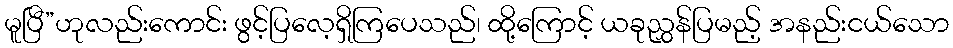
မူပြီ”ဟုလည်းကောင်း ဖွင့်ပြလေ့ရှိကြပေသည်၊ ထို့ကြောင့် ယခုညွှန်ပြမည့် အနည်းငယ်သော